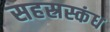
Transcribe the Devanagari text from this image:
सहस्रस्कंध